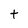
Character: t